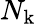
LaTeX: N_{\mathrm{k}}